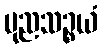
ပုညသဉ္စယံ